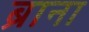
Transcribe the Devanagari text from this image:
ब्राना